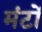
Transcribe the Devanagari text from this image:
मंटों